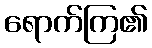
ရောက်ကြ၏